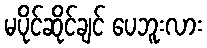
မပိုင်ဆိုင်ချင် ပေဘူးလား